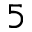
_ 5